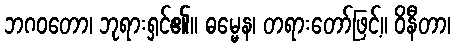
ဘဂဝတော၊ ဘုရားရှင်၏။ ဓမ္မေန၊ တရားတော်ဖြင့်။ ဝိနီတာ၊